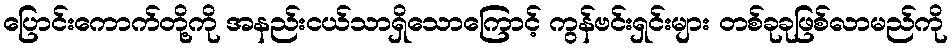
ပြောင်းကောက်တို့ကို အနည်းငယ်သာရှိသောကြောင့် ကွန်ဗင်းရှင်းများ တစ်ခုခုဖြစ်လာမည်ကို